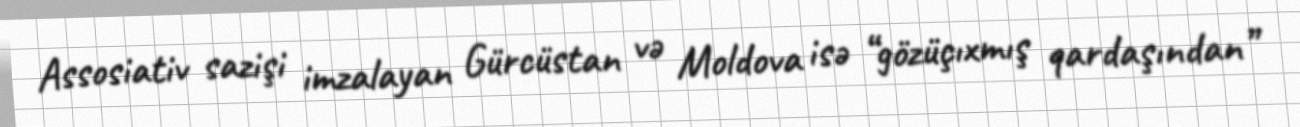
Assosiativ sazişi imzalayan Gürcüstan və Moldova isə “gözüçıxmış qardaşından”